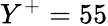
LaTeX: Y^{+}=55